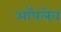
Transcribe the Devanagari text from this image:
ऑपलेव